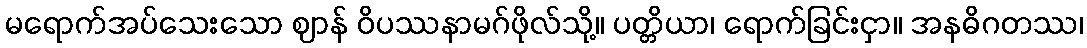
မရောက်အပ်သေးသော ဈာန် ဝိပဿနာမဂ်ဖိုလ်သို့။ ပတ္တိယာ၊ ရောက်ခြင်းငှာ။ အနဓိဂတဿ၊